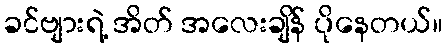
ခင်ဗျားရဲ့ အိတ် အလေးချိန် ပိုနေတယ်။